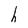
Character: h